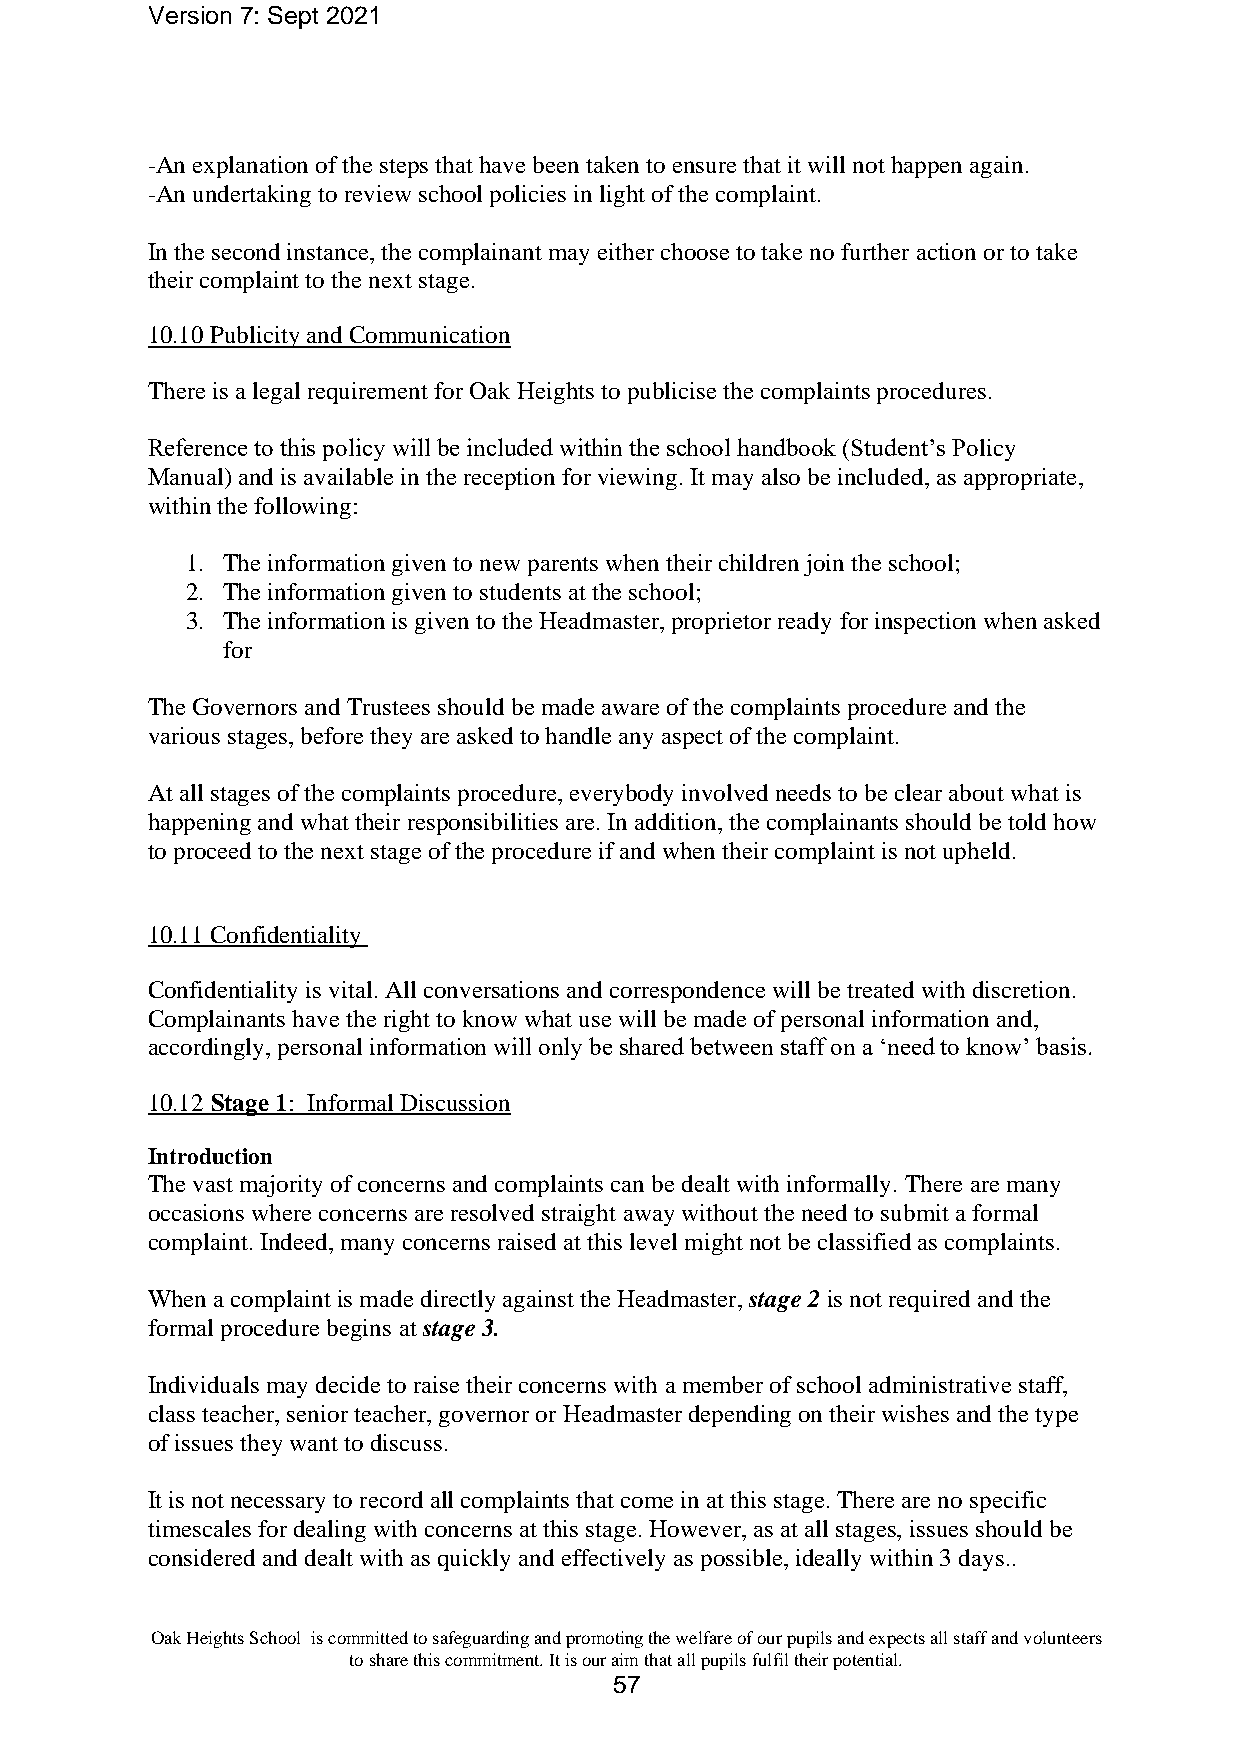
Version 7: Sept 2021
 -An explanation of the steps that have been taken to ensure that it will not happen again.
 -An undertaking to review school policies in light of the complaint.
 In the second instance, the complainant may either choose to take no further action or to take
 their complaint to the next stage.
 10.10 Publicity and Communication
 There is a legal requirement for Oak Heights to publicise the complaints procedures.
 Reference to this policy will be included within the school handbook (Student’s Policy
 Manual) and is available in the reception for viewing. It may also be included, as appropriate,
 within the following:
 1. The information given to new parents when their children join the school;
 2. The information given to students at the school;
 3. The information is given to the Headmaster, proprietor ready for inspection when asked
 for
 The Governors and Trustees should be made aware of the complaints procedure and the
 various stages, before they are asked to handle any aspect of the complaint.
 At all stages of the complaints procedure, everybody involved needs to be clear about what is
 happening and what their responsibilities are. In addition, the complainants should be told how
 to proceed to the next stage of the procedure if and when their complaint is not upheld.
 10.11 Confidentiality
 Confidentiality is vital. All conversations and correspondence will be treated with discretion.
 Complainants have the right to know what use will be made of personal information and,
 accordingly, personal information will only be shared between staff on a ‘need to know’ basis.
 10.12 Stage 1: Informal Discussion
 Introduction
 The vast majority of concerns and complaints can be dealt with informally. There are many
 occasions where concerns are resolved straight away without the need to submit a formal
 complaint. Indeed, many concerns raised at this level might not be classified as complaints.
 When a complaint is made directly against the Headmaster, stage 2 is not required and the
 formal procedure begins at stage 3.
 Individuals may decide to raise their concerns with a member of school administrative staff,
 class teacher, senior teacher, governor or Headmaster depending on their wishes and the type
 of issues they want to discuss.
 It is not necessary to record all complaints that come in at this stage. There are no specific
 timescales for dealing with concerns at this stage. However, as at all stages, issues should be
 considered and dealt with as quickly and effectively as possible, ideally within 3 days..
 Oak Heights School is committed to safeguarding and promoting the welfare of our pupils and expects all staff and volunteers
 to share this commitment. It is our aim that all pupils fulfil their potential.
 57